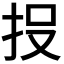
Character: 𭠘